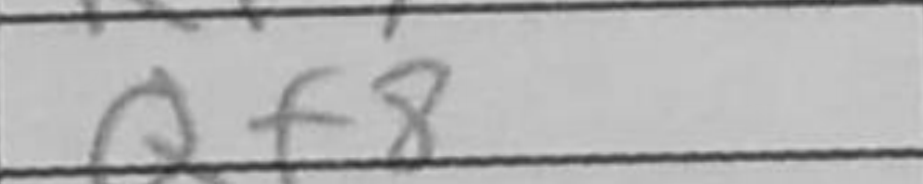
Transcription: Qf8